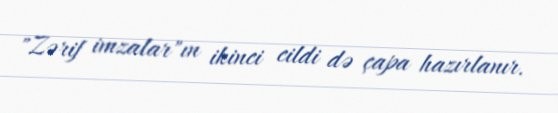
"Zərif imzalar"ın ikinci cildi də çapa hazırlanır.